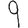
Digit: 9